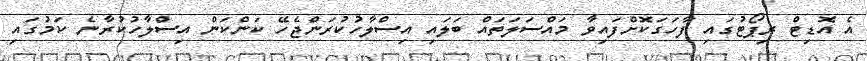
އެ އޮޑިޓް ރިޕޯޓުގައި ފާހަގަކޮށްފައިވާ މައްސަލަތައް ބަލައި އިސްލާހުކުރަންޖެހޭ ކަންކަން އިސްލާހުކުރާނެ ކަމުގައި